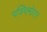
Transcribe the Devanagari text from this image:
पश्चिमोतर